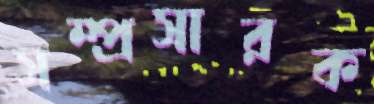
সম্প্রসারক